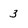
Character: 3